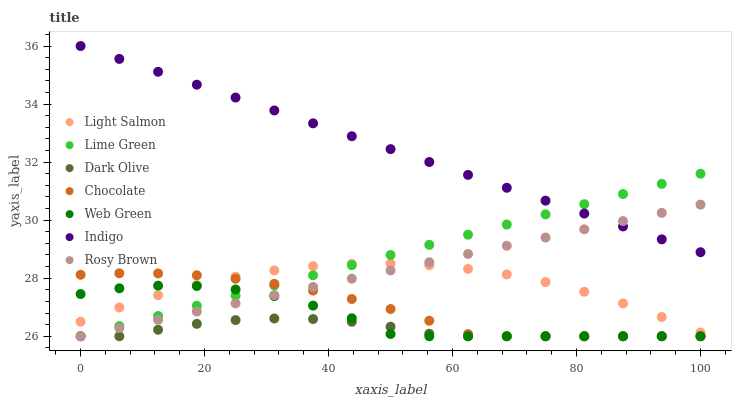
| xaxis_label | Light Salmon | Lime Green | Dark Olive | Chocolate | Web Green | Indigo | Rosy Brown |
 | --- | --- | --- | --- | --- | --- | --- | --- |
 | 0 | 26.5 | 26 | 26 | 28.1 | 27.5 | 36 | 26 |
 | 6.25 | 27 | 26.3 | 26 | 28.2 | 27.7 | 35.6 | 26.3 |
 | 12.5 | 27.4 | 26.7 | 26.2 | 28.2 | 27.7 | 35.1 | 26.6 |
 | 18.8 | 27.8 | 27 | 26.4 | 28.1 | 27.7 | 34.7 | 26.9 |
 | 25 | 28.1 | 27.4 | 26.6 | 28 | 27.6 | 34.2 | 27.1 |
 | 31.2 | 28.3 | 27.7 | 26.6 | 27.8 | 27.4 | 33.8 | 27.4 |
 | 37.5 | 28.4 | 28.1 | 26.6 | 27.6 | 27.1 | 33.3 | 27.7 |
 | 43.8 | 28.5 | 28.4 | 26.5 | 27.3 | 26.6 | 32.9 | 28 |
 | 50 | 28.5 | 28.8 | 26.3 | 26.9 | 26.1 | 32.4 | 28.3 |
 | 56.2 | 28.4 | 29.1 | 26.1 | 26.5 | 26 | 32 | 28.6 |
 | 62.5 | 28.3 | 29.5 | 26 | 26.1 | 26 | 31.6 | 28.8 |
 | 68.8 | 28.1 | 29.8 | 26 | 26 | 26 | 31.1 | 29.1 |
 | 75 | 27.9 | 30.2 | 26 | 26 | 26 | 30.7 | 29.4 |
 | 81.2 | 27.5 | 30.5 | 26 | 26 | 26 | 30.2 | 29.7 |
 | 87.5 | 27.1 | 30.9 | 26 | 26 | 26 | 29.8 | 30 |
 | 93.8 | 26.7 | 31.2 | 26 | 26 | 26 | 29.3 | 30.3 |
 | 100 | 26.1 | 31.6 | 26 | 26 | 26 | 28.9 | 30.5 |